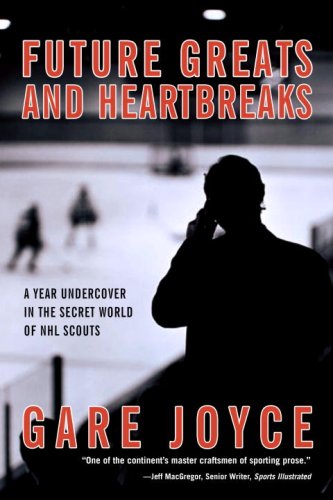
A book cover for Future Greats and Heartbreaks: A Year Undercover in the Secret World of NHL Scouts; Gare Joyce; Biographies & Memoirs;